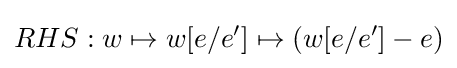
RHS:w\mapsto w[e/e']\mapsto (w[e/e']-e)